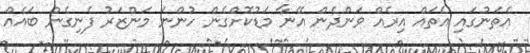
އެތަނުގައި އެތައް އިރެއް ވަންދެން އޭނާ މަޑުކޮށްގެން ހުންނަ މަންޒަރު ފެނިގެން ބައެއް